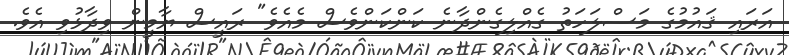
އަރައި ޤައުމުގެ މަސްލަހަތު ގެއްލިގެންދާނެ ކަންކަންވެސް މެއެވެ" ރައީސް ޔާމީން ވިދާޅުވި އެވެ.